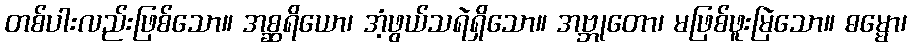
တစ်ပါးလည်းဖြစ်သော။ အစ္ဆရိယော၊ အံ့ဖွယ်သရဲရှိသော။ အဗ္ဘုတော၊ မဖြစ်ဖူးမြဲသော။ ဓမ္မော၊